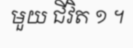
មួយ ជីវិត ១ ។